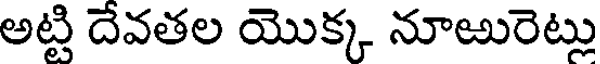
అట్టి దేవతల యొక్క నూఱురెట్లు